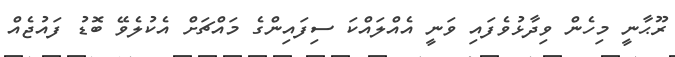
ރޫޙާނީ މިހެން ވިދާޅުވެފައި ވަނީ އެއްލައްކަ ސިފައިންގެ މައްޗަށް އެކުލެވޭ ބޮޑު ފައުޖެއް